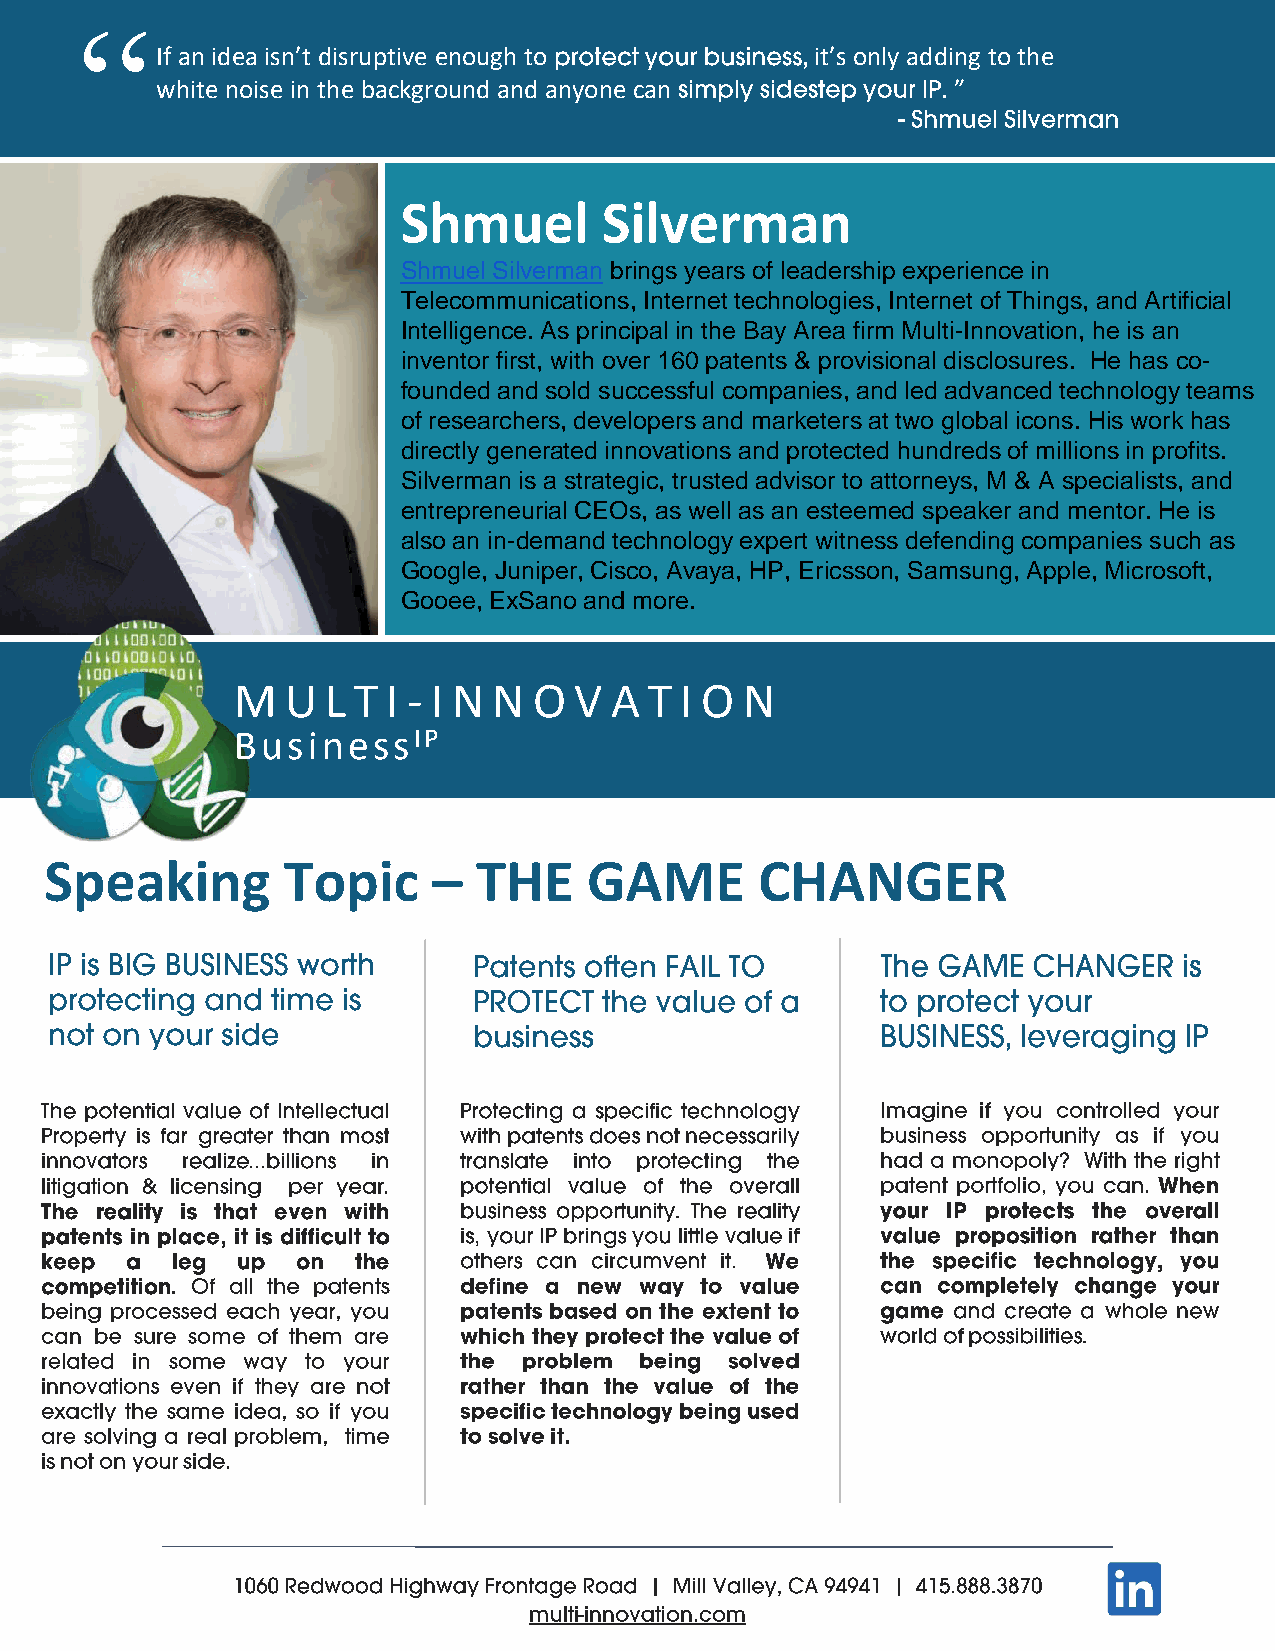
“
 If an idea isn’t disruptive enough to       it’s only adding to the
 white noise in the background and anyone can        . ”
 Shmuel       Silverman
 Shmuel Silverman brings years of leadership experience in
 Telecommunications, Internet technologies, Internet of Things, and Artificial
 Intelligence. As principal in the Bay Area firm Multi-Innovation, he is an
 inventor first, with over 160 patents & provisional disclosures. He has co-
 founded and sold successful companies, and led advanced technology teams
 of researchers, developers and marketers at two global icons. His work has
 directly generated innovations and protected hundreds of millions in profits.
 Silverman is a strategic, trusted advisor to attorneys, M & A specialists, and
 entrepreneurial CEOs, as well as an esteemed speaker and mentor. He is
 also an in-demand technology expert witness defending companies such as
 Google, Juniper, Cisco, Avaya, HP, Ericsson, Samsung, Apple, Microsoft,
 Gooee, ExSano and more.
 M   U  L T I - I N N O V A  T I O N
 BusinessIP
 Speaking        Topic     –  THE    GAME       CHANGER